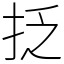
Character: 抸